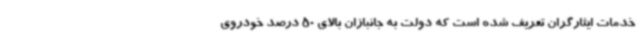
خدمات ایثارگران تعریف شده است که دولت به جانبازان بالای 50 درصد خودروی